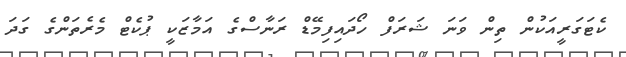
ކެޓަގަރީއަކުން ތިން ވަނަ ޝަރަފް ހޯދައިފިމޭޑް ރަނާސްގެ އަމާޒަކީ ޕުކެޓް މެރެތަންގެ ގަދަ